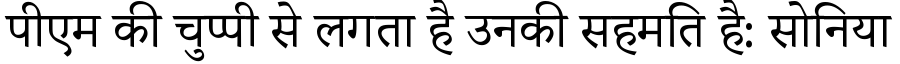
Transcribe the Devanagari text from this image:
पीएम की चुप्पी से लगता है उनकी सहमति है: सोनिया